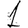
Digit: 1